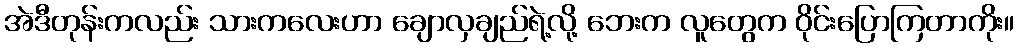
အဲဒီတုန်းကလည်း သားကလေးဟာ ချောလှချည်ရဲ့လို့ ဘေးက လူတွေက ဝိုင်းပြောကြတာကိုး။